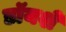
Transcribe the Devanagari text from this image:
डॉयशे